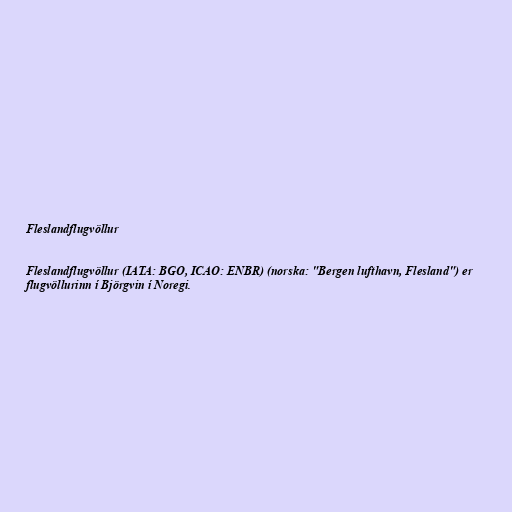
Fleslandflugvöllur

Fleslandflugvöllur (IATA: BGO, ICAO: ENBR) (norska: "Bergen lufthavn, Flesland") er
flugvöllurinn í Björgvin í Noregi.